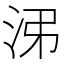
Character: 𱦃